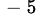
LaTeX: ^{\mathrm{~-~5~}}